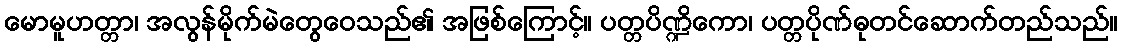
မောမူဟတ္တာ၊ အလွန်မိုက်မဲတွေဝေသည်၏ အဖြစ်ကြောင့်။ ပတ္တပိဏ္ဍိကော၊ ပတ္တပိုဏ်ဓုတင်ဆောက်တည်သည်။